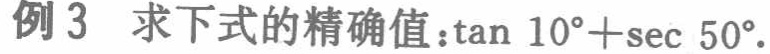
例3 求下式的精确值：\(\tan 10^{\circ}+\sec 50^{\circ}\)